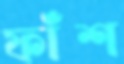
ফাঁশ